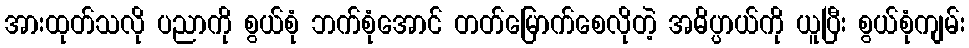
အားထုတ်သလို ပညာကို စွယ်စုံ ဘက်စုံအောင် တတ်မြောက်စေလိုတဲ့ အဓိပ္ပာယ်ကို ယူပြီး စွယ်စုံကျမ်း